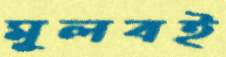
মূলবই